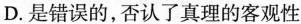
D. 是错误的，否认了真理的客观性